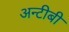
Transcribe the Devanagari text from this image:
अन्टीबी